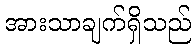
အားသာချက်ရှိသည်